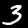
Label: 3